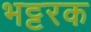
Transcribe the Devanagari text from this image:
भट्टरक